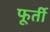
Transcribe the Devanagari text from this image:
फूर्ती